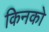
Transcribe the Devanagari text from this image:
किनको